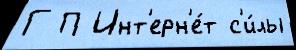
Г П Инт'ерн'е́т с'и́лы